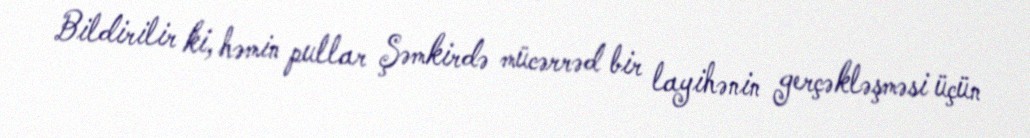
Bildirilir ki, həmin pullar Şəmkirdə mücərrəd bir layihənin gerçəkləşməsi üçün